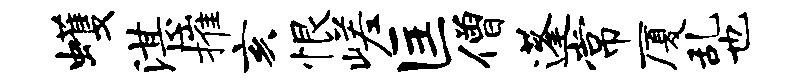
蠖湛摧亥恨嵯匡僧蓬常厦乱也